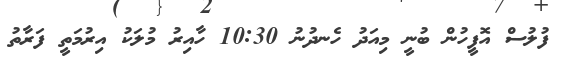
ފުލުސް އޮފީހުން ބުނީ މިއަދު ހެނދުނު 10:30 ހާއިރު މުލަކު އިރުމަތީ ފަރާތު